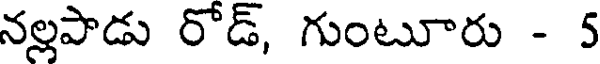
నల్లపాడు రోడ్, గుంటూరు - 5